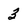
Character: 3